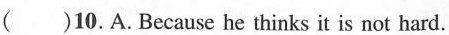
( )10.A.Because he thinks it is not hard.